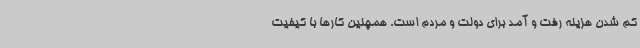
کم شدن هزینه رفت و آمد برای دولت و مردم است. همچنین کارها با کیفیت